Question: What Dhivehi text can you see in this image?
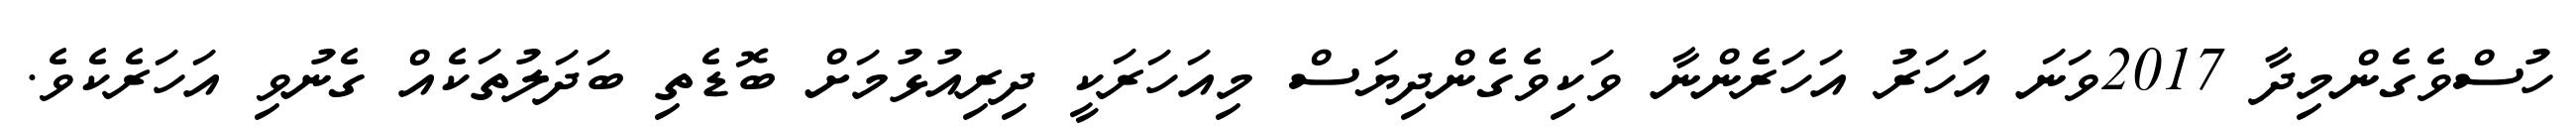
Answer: ހުސްވެގެންމިދާ 2017ވަނަ އަހަރު އަހަރެންނާ ވަކިވެގެންދިޔަސް މިއަހަރަކީ ދިރިއުޅުމަށް ބޮޑެތި ބަދަލުތަކެއް ގެނުވި އަހަރެކެވެ.